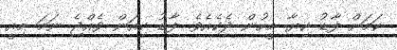
ކަމަށް ފާޑު ކިޔާ މީހުން ދެކެއެވެ. ފާޑު ކިއަން ވެއްޖެ ނަމަ މިއީ